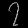
Digit: ၇